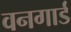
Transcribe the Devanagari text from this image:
वनगार्ड